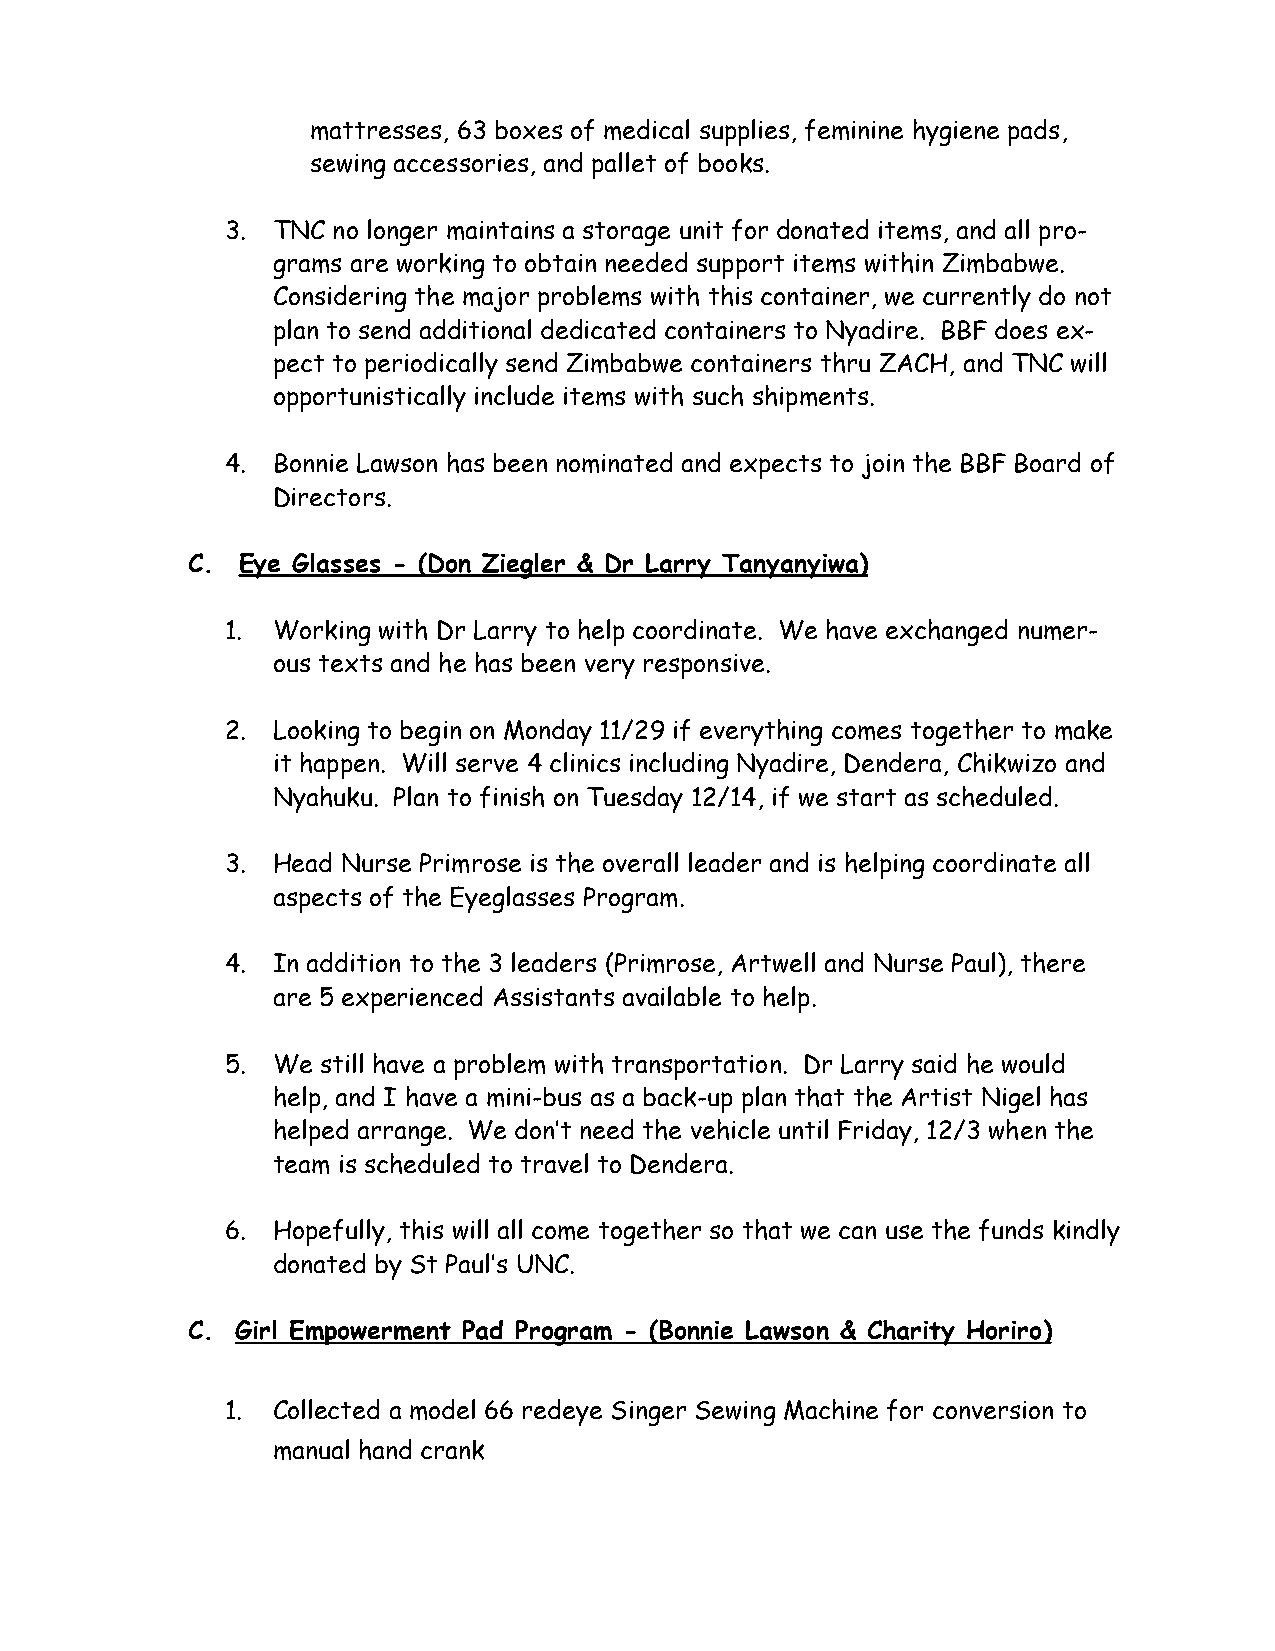
mattresses, 63 boxes of medical supplies, feminine hygiene pads,
 sewing accessories, and pallet of books.
 3. TNC no longer maintains a storage unit for donated items, and all pro-
 grams are working to obtain needed support items within Zimbabwe.
 Considering the major problems with this container, we currently do not
 plan to send additional dedicated containers to Nyadire. BBF does ex-
 pect to periodically send Zimbabwe containers thru ZACH, and TNC will
 opportunistically include items with such shipments.
 4. Bonnie Lawson has been nominated and expects to join the BBF Board of
 Directors.
 C.  Eye Glasses - (Don Ziegler & Dr Larry Tanyanyiwa)
 1. Working with Dr Larry to help coordinate. We have exchanged numer-
 ous texts and he has been very responsive.
 2. Looking to begin on Monday 11/29 if everything comes together to make
 it happen. Will serve 4 clinics including Nyadire, Dendera, Chikwizo and
 Nyahuku. Plan to finish on Tuesday 12/14, if we start as scheduled.
 3. Head Nurse Primrose is the overall leader and is helping coordinate all
 aspects of the Eyeglasses Program.
 4. In addition to the 3 leaders (Primrose, Artwell and Nurse Paul), there
 are 5 experienced Assistants available to help.
 5. We still have a problem with transportation. Dr Larry said he would
 help, and I have a mini-bus as a back-up plan that the Artist Nigel has
 helped arrange. We don’t need the vehicle until Friday, 12/3 when the
 team is scheduled to travel to Dendera.
 6. Hopefully, this will all come together so that we can use the funds kindly
 donated by St Paul’s UNC.
 C.  Girl Empowerment Pad Program - (Bonnie Lawson & Charity Horiro)
 1. Collected a model 66 redeye Singer Sewing Machine for conversion to
 manual hand crank